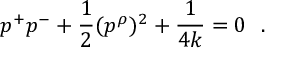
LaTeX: p ^ { + } p ^ { - } + \frac { 1 } { 2 } ( p ^ { \rho } ) ^ { 2 } + \frac { 1 } { 4 k } = 0 ~ ~ .